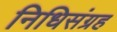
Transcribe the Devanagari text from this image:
निधिसंग्रह